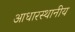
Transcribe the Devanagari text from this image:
आधारस्थानीय